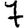
Digit: 7